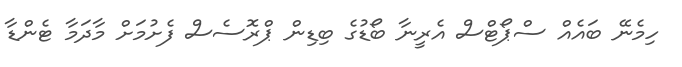
ހިމެނޭ ބައެއް ސްޕޯޓްސް އެރީނާ ބޯޑުގެ ބިޑިން ޕްރޮސެސް ފެށުމަށް މާދަމާ ޓެންޑާ